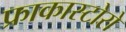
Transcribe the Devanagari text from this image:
फ्राकास्टोरो